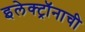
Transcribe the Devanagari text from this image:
इलेक्ट्रॉनाची